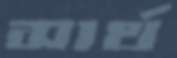
সার্থ